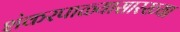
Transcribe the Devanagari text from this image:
शंकरपाळ्यासारख्या